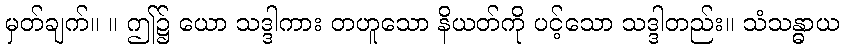
မှတ်ချက်။ ။ ဤ၌ ယော သဒ္ဒါကား တဟူသော နိယတ်ကို ပင့်သော သဒ္ဒါတည်း။ သံသန္ဓာယ